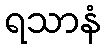
ရသာနံ